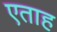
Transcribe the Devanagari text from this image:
एताह